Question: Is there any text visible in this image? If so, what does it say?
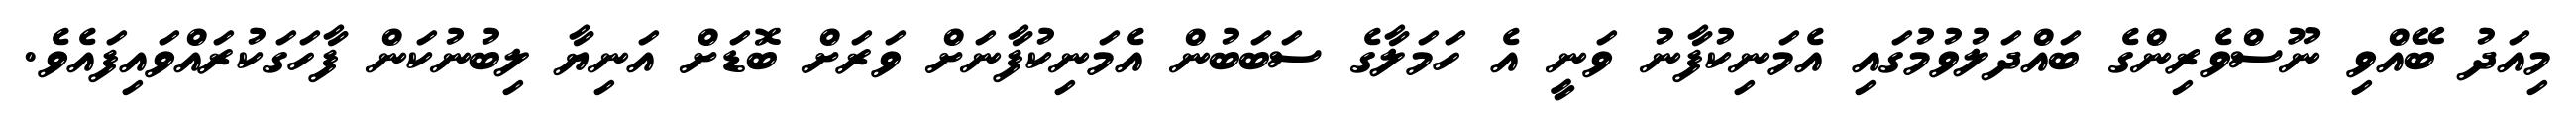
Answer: މިއަދު ބޭއްވި ނޫސްވެރިންގެ ބައްދަލުވުމުގައި އެމަނިކުފާނު ވަނީ އެ ހަމަލާގެ ސަބަބުން އެމަނިކުފާނަށް ވަރަށް ބޮޑަށް އަނިޔާ ލިބުނުކަން ފާހަގަކުރައްވައިފައެވެ.